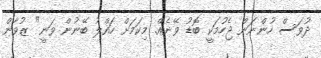
ދުވަސް ހުންނަން ޖެހުމަކީ ބޮޑު ވޭނެއް. މިކަމަށް ހައްލު ބޭނުން ވަނީ" ޒުވާން